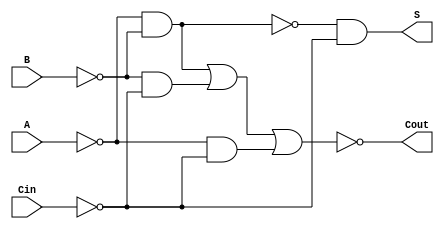
module NegativeCircuitFullAdder (
    input wire A,     // First significant bit (active low)
    input wire B,     // Second significant bit (active low)
    input wire Cin,   // Carry-in bit (active low)
    output wire S,    // Sum output bit (active low)
    output wire Cout   // Carry-out bit (active low)
);

// Internal signals for intermediate calculations
wire A_n, B_n, Cin_n;
wire sum_ab, sum_abc, carry_ab, carry_bc, carry_ac;

// Invert the inputs to align with negative logic
assign A_n = ~A; // Active state is '1' when A is '0'
assign B_n = ~B; // Active state is '1' when B is '0'
assign Cin_n = ~Cin; // Active state is '1' when Cin is '0'

// Calculate intermediate sum using XOR logic in negative logic
assign sum_ab = ~(A_n & B_n); // A XOR B (active low)
assign sum_abc = ~(sum_ab & Cin_n); // (A XOR B) XOR Cin (active low)

// Calculate the sum output S
assign S = ~sum_abc; // S is active low

// Calculate carry-out using OR logic in negative logic
assign carry_ab = A_n & B_n; // A AND B (active low)
assign carry_bc = B_n & Cin_n; // B AND Cin (active low)
assign carry_ac = A_n & Cin_n; // A AND Cin (active low)

// Calculate Cout
assign Cout = ~(carry_ab | carry_bc | carry_ac); // Cout is active low

endmodule